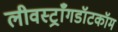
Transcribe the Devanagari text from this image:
लीवस्ट्राँगडॉटकॉम